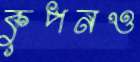
কুপনও